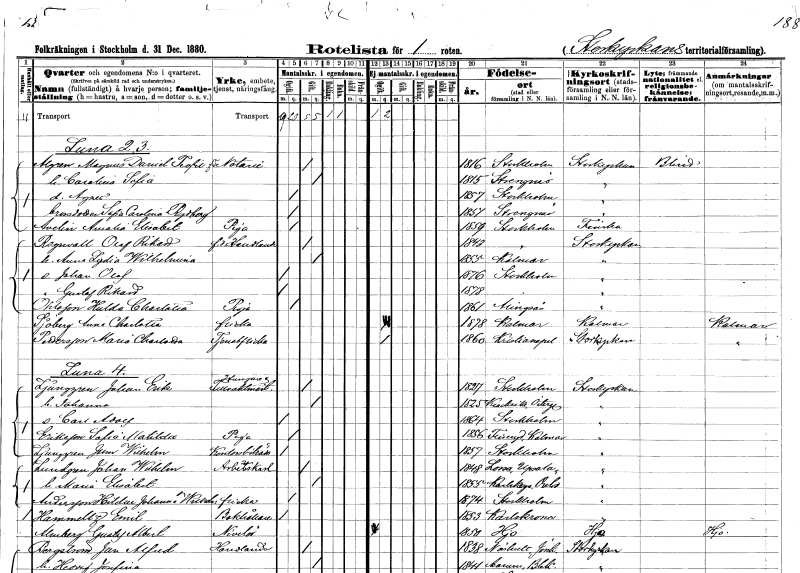
gt_parse: households: individuals: FN: Magnus Daniel Teofil
EN: Algren
YRKE: Notarie
KON: M
CIV: G
FODAR: 1816
FODFORS: Stockholm
FN: Carolina Sofia
KON: K
CIV: G
FODAR: 1815
FODFORS: Strängnäs Södermanlands län
FN: Agnes
KON: K
CIV: O
FODAR: 1857
FODFORS: Stockholm
FN: Sofia Carolina
EN: Rydberg
KON: K
CIV: O
FODAR: 1851
FODFORS: Strängnäs Södermanlands län
FN: Amalia Elisabet
EN: Avelin
YRKE: Piga
KON: K
CIV: O
FODAR: 1859
FODFORS: Stockholm
FN: Olof Rikard
EN: Ragnvall
YRKE: Handlande f.d.
KON: M
CIV: G
FODAR: 1843
FODFORS: Stockholm
FN: Anna Sofia Wilhelmina
KON: K
CIV: G
FODAR: 1855
FODFORS: Kalmar Kalmar län
FN: Johan Olof
KON: M
CIV: O
FODAR: 1876
FODFORS: Stockholm
FN: Gustaf Rikard
KON: M
CIV: O
FODAR: 1878
FODFORS: Stockholm
FN: Hulda Charlotta
EN: Ohlsson
YRKE: Piga
KON: K
CIV: O
FODAR: 1861
FODFORS: Alingsås Älvsborgs län
FN: Anna Charlotta
EN: Sjöberg
KON: K
CIV: O
FODAR: 1878
FODFORS: Kalmar Kalmar län
FN: Maria Charlotta
EN: Pettersson
YRKE: Tjänsteflicka
KON: K
CIV: O
FODAR: 1860
FODFORS: Kristianopel Blekinge län
FN: Johan Erik
EN: Ljunggren
YRKE: Husägare Tullvaktmästare
KON: M
CIV: G
FODAR: 1827
FODFORS: Stockholm
FN: Johanna
KON: K
CIV: G
FODAR: 1825
FODFORS: Klockrike Östergötlands län
FN: Carl Adolf
KON: M
CIV: O
FODAR: 1864
FODFORS: Stockholm
FN: Sofia Matilda
EN: Eriksson
YRKE: Piga
KON: K
CIV: O
FODAR: 1856
FODFORS: Fliseryd Kalmar län
FN: John Wilhelm
EN: Ljunggren
YRKE: Kontorsbiträde
KON: M
CIV: O
FODAR: 1857
FODFORS: Stockholm
FN: Johan Wilhelm
EN: Lundgren
YRKE: Arbetskarl
KON: M
CIV: G
FODAR: 1848
FODFORS: Lossa Stockholms län
FN: Maria Elisabet
KON: K
CIV: G
FODAR: 1855
FODFORS: Karlskoga Örebro län
FN: Hildur Johanna Wilhelmina
EN: Andersson
KON: K
CIV: O
FODAR: 1874
FODFORS: Stockholm